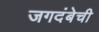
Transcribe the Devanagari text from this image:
जगदंबेची